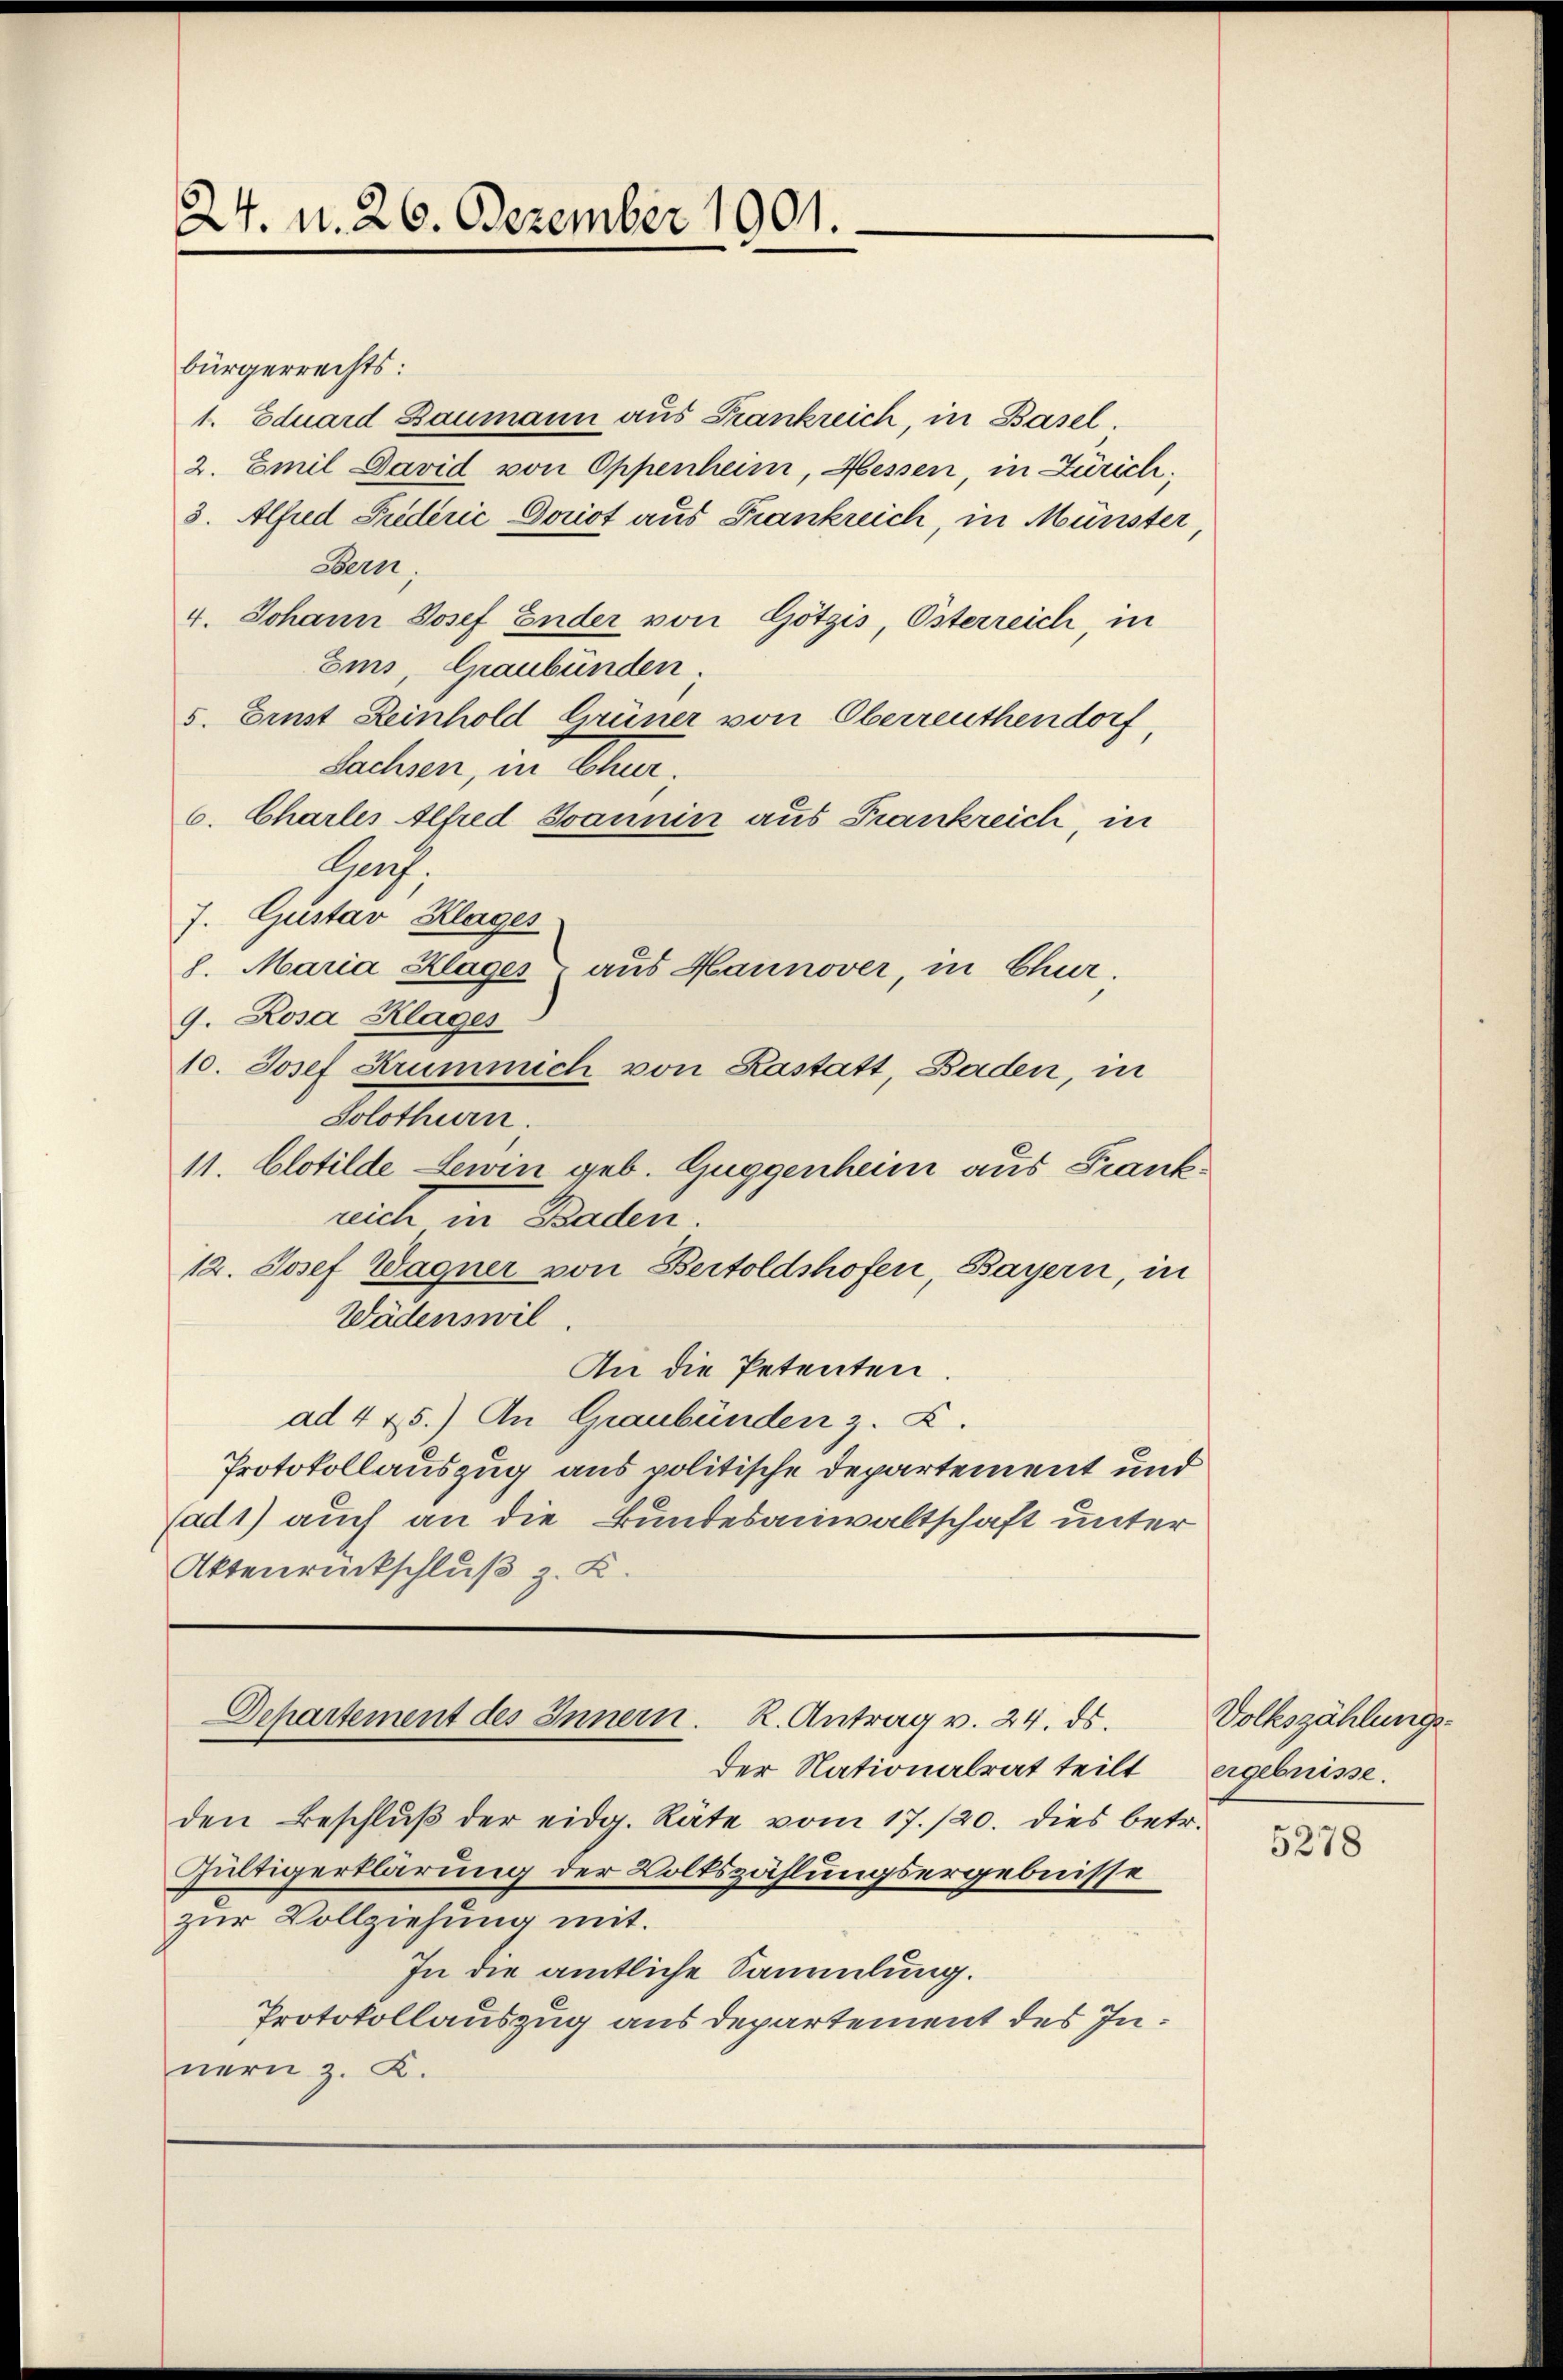
24. d. 26. Dezember 1901.

bürgerrechts:
1. Eduard Baumann aus Frankreich, in Basel.
2. Emil David von Oppenheim, Hessen, in Zürich¬
3. Alfred Siederić Doriot aus Frankreich, in Münster,
Bern.
4. Johann Josef Ender von Götzis, Österreich, in
Eis, Graubünden.
5. Einst Reinhold Grüner von Oberreuthendorf,
Sachsen, in Chur.
6. Charles Alfred Joannin aus Frankreich, in
Grof.
J. Gustav Klages
8. Maria Klages aus Hannover, in Chur.
9. Rosa Klages
10. Josef Krummich von Kastatt, Baden, in
Solothurn.
11. Clotilde Lewin geb. Guggenheim aus Frankrich in Baden.
12. Josef Wagner von Bertoldshofen, Bayern, in
Wädenswil.
An die Petenten.
ad 475.) An Graubünden z. Z.
Protokollauszug aus politische Departement und
fad1) auch an die Bundesanwaltschaft unter
Aktenrückschluß z. B.

Departement des Innern. R. Antrag v. 24. ds.

der Nationalrat teilt
den Beschlŭβ der eidg. Räte vom 17./20. dies betr.
Hültigerklärung der Volkszählungsergebnisse
zur Vollziehung mit.
In die amtliche Sammlung.
Protokollauszug aus departement des Innern z. K.

Volkszählungs-
ergebnisse.

5278